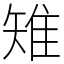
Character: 雉